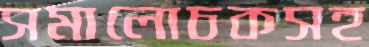
সমালোচকসহ